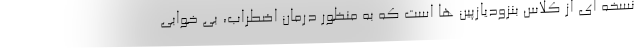
نسخه ای از کلاس بنزودیازپین ها است که به منظور درمان اضطراب، بی خوابی